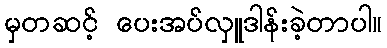
မှတဆင့် ပေးအပ်လှူဒါန်းခဲ့တာပါ။